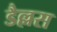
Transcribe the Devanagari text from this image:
डैल्लस